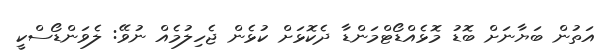
އަތުން ބަޔާނަށް ބޮޑު މޮޅެއްޑޯޓްމަންޑާ ދެކޮޅަށް ކުޅެން ޖެހިލުމެއް ނުވޭ: ލެވަންޑޯސްކީ